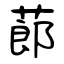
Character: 蓈